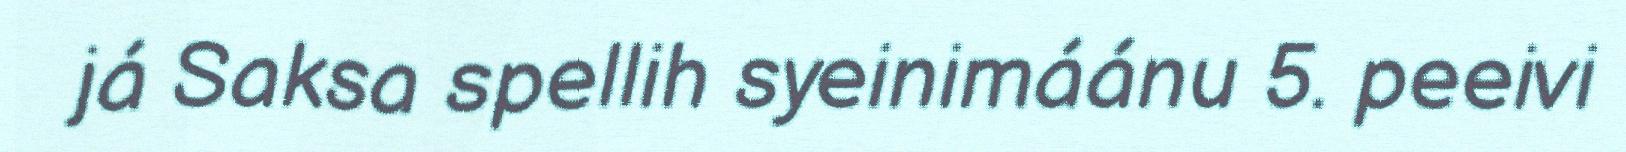
já Saksa spellih syeinimáánu 5. peeivi